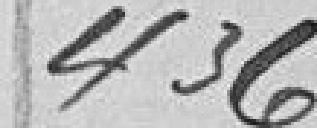
436